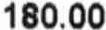
180.00